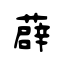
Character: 薜